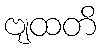
ဗျထတိ